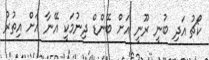
ކޯޗު އަދި ބުނީ ރޫނީ އަށް ބޭންޑް ދިނުމަކީ އޭނާ އަށް އިތުރު